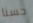
حسنا